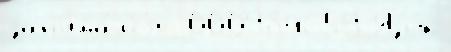
зан'има́лс'я  000984659 Язы́к